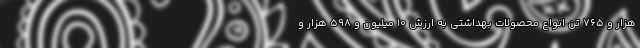
هزار و ۷۶۵ تن انواع محصولات بهداشتی به ارزش ۱۰ میلیون و ۵۹۸ هزار و